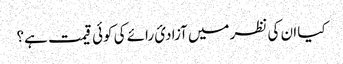
کیا ان کی نظر میں آزادیٔ رائے کی کوئی قیمت ہے؟